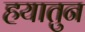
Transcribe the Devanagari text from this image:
हयातुन